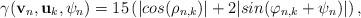
LaTeX: \begin{align*} \gamma({\bf{v}}_n, {\bf{u}}_k, \psi_n) = 15 \left(| cos(\rho_{n, k})| + 2 |sin(\varphi_{n, k} + \psi_n)|\right),\end{align*}